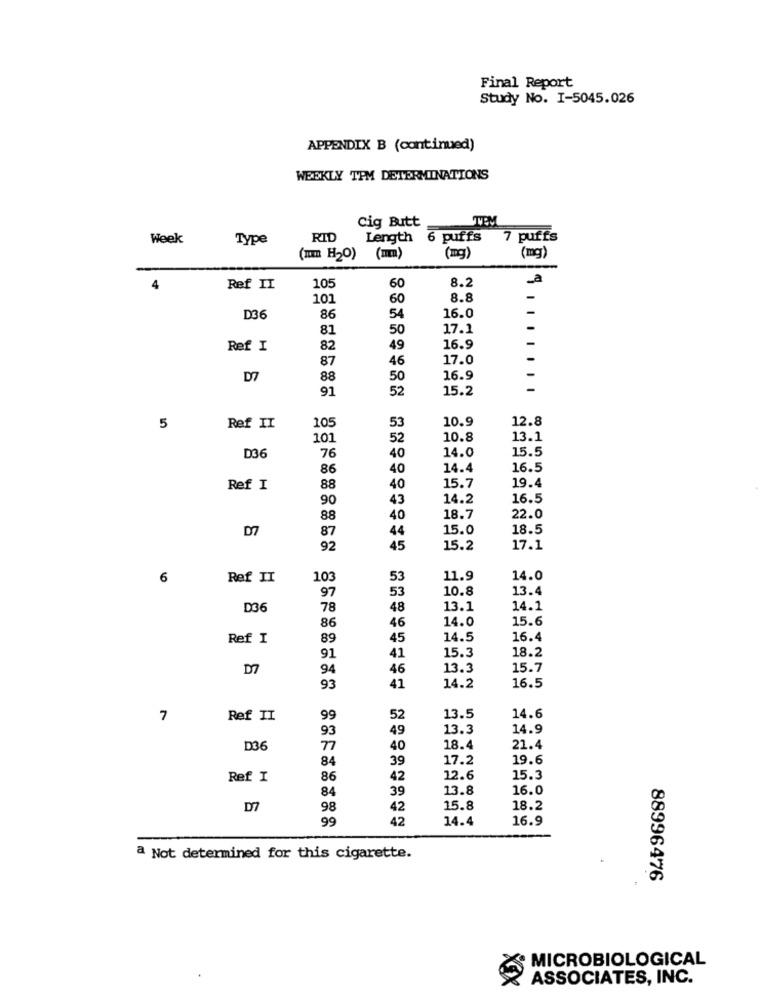
Final Report
Study No. I-5045.026
APPENDIX B (continued)
WEEKLY TPM DETERMINATIONS
Cig Butt
TEM
Week
Type
RID
Length 6 puffs
7 puffs
(mm H2O) (mm)
(mg)
(mg)
8.2
_a
4
Ref II
105
60
101
60
8.8
-
16.0
-
D36
86
54
81
50
17.1
Ref I
82
49
16.9
-
87
46
17.0
D7
88
50
16.9
91
52
15.2
-
10
53
10.9
12.8
5
Ref II
101
52
10.8
13.1
40
15.5
D36
76
14.0
86
40
14.4
16.5
Ref I
88
40
15.7
19.4
90
43
14.2
16.5
88
40
18.7
22.0
D7
87
44
15.0
18.5
92
45
15.2
17.1
6
Ref II
103
53
11.9
14.0
97
53
10.8
13.4
D36
78
48
13.1
14.1
14.0
15.6
86
46
Ref I
89
45
14.5
16.4
91
15.3
41
18.2
D7
94
46
13.3
15.7
93
41
14.2
16.5
7
Ref II
99
52
13.5
14.6
93
49
13.3
14.9
D36
77
40
18.4
21.4
84
39
17.2
19.6
Ref I
86
42
12.6
15.3
84
39
13.8
16.0
D7
98
42
15.8
18.2
99
42
14.4
16.9
a Not determined for this cigarette.
88996476
MICROBIOLOGICAL
XX
ASSOCIATES, INC.